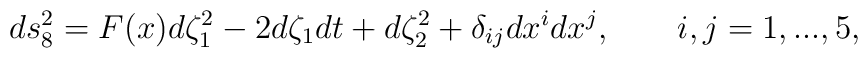
ds_8^2 = F(x) d \zeta_1^2 - 2d\zeta_1 dt + d\zeta_2^2 +\delta_{ij} dx^idx^j, \qquad i,j = 1,...,5,